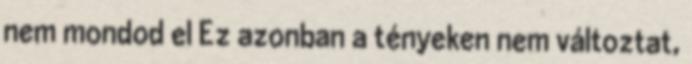
nem mondod el Ez azonban a tényeken nem változtat,